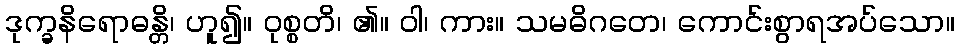
ဒုက္ခနိရောဓန္တိ၊ ဟူ၍။ ဝုစ္စတိ၊ ၏။ ဝါ၊ ကား။ သမဓိဂတေ၊ ကောင်းစွာရအပ်သော။